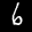
Label: 6